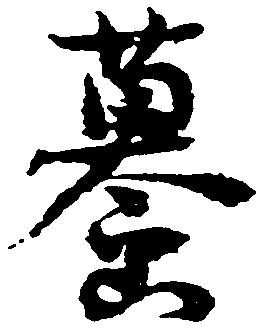
蟇